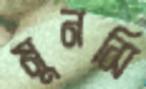
মুনসি